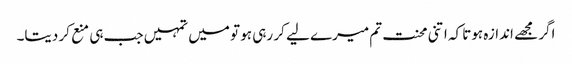
اگر مجھے اندازہ ہوتا کہ اتنی محنت تم میرے لیے کر رہی ہو تو میں تمہیں جب ہی منع کر دیتا۔